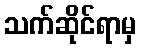
သက်ဆိုင်ရာမှ